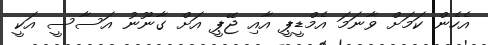
އެހެން ކަމަށް ވާނަމަ އެމްޑީޕީ އާއި ޖޭޕީ އަށް ގާނޫނު އަސާސީ އަކީ